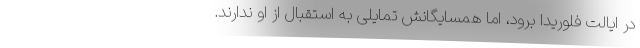
در ایالت فلوریدا برود، اما همسایگانش تمایلی به استقبال از او ندارند.